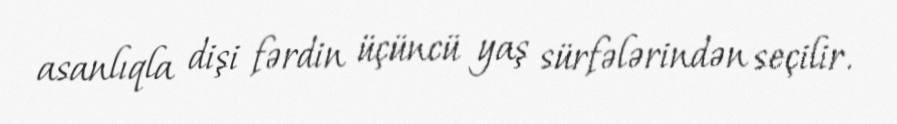
asanlıqla dişi fərdin üçüncü yaş sürfələrindən seçilir.